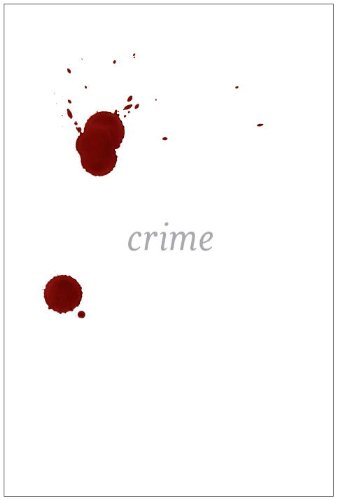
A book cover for Crime: Stories; Ferdinand von Schirach; Mystery, Thriller & Suspense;